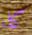
كلا